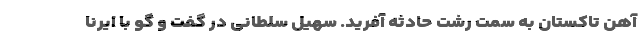
آهن تاکستان به سمت رشت حادثه آفرید. سهیل سلطانی در گفت و گو با ایرنا